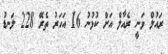
ރައުލް ވަނީ ރެއާލް އަށް ކުޅުނު 16 އަހަރު ތެރޭ 228 ލަނޑު